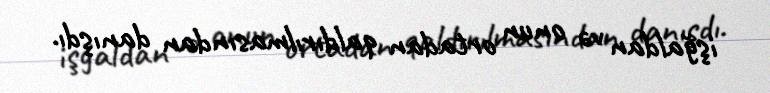
işğaldan və onun ortadan qaldırılmasından danışdı.